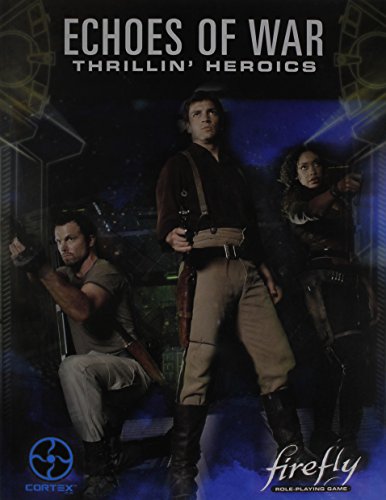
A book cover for Echoes of War: Thrillin' Heroics; Margaret Weis; Science Fiction & Fantasy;